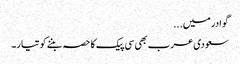
گوادر میں...
سعودی عرب بھی سی پیک کا حصہ بننے کو تیار۔